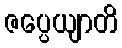
ဇပ္ပေယျာတိ